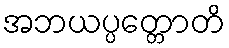
အဘယပ္ပတ္တောတိ